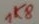
Text: 1K8